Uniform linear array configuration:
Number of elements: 24
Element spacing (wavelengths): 0.75
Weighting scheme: hamming
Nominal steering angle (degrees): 0
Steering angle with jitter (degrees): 0.997
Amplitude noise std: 0.05
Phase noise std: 0.05

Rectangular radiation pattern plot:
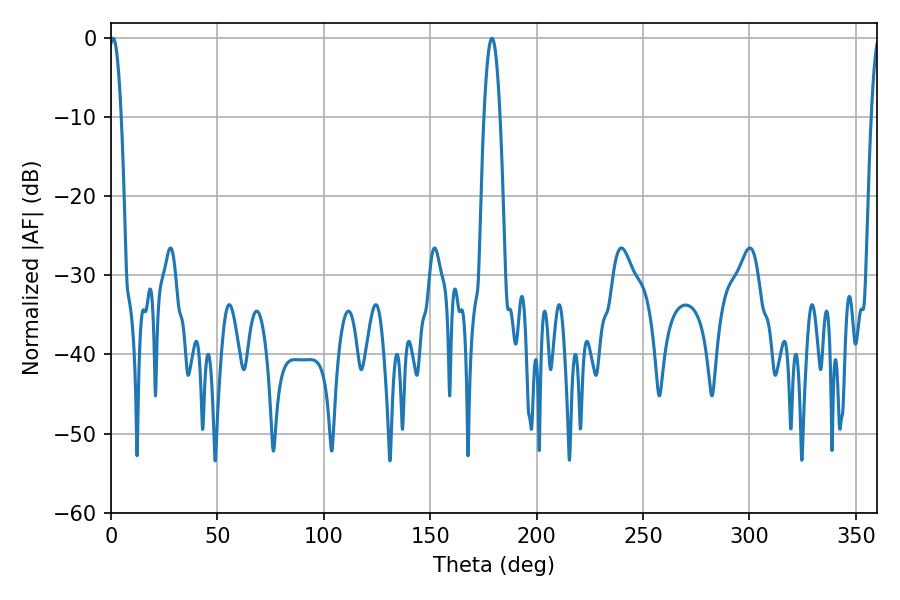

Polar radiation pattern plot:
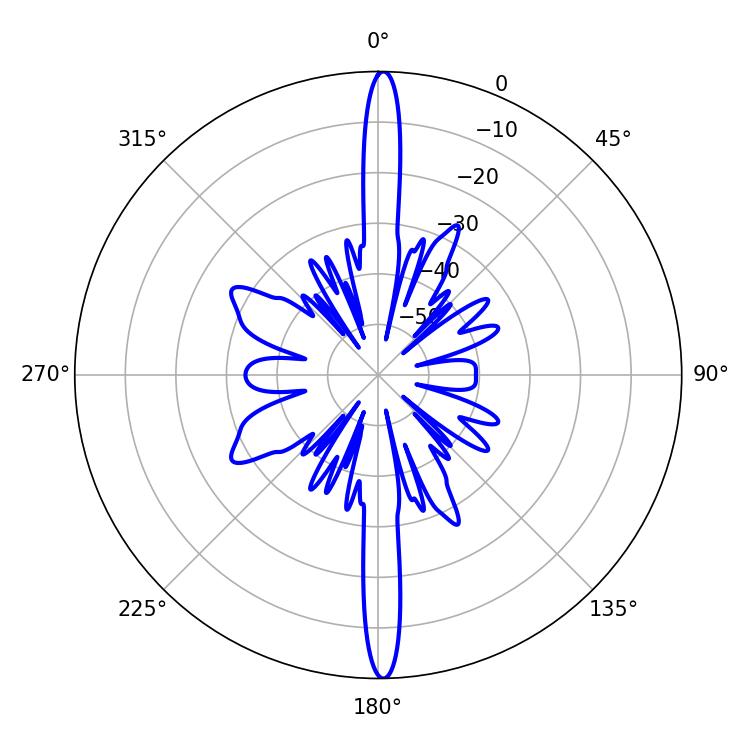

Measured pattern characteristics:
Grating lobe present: TRUE
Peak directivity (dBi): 29.567
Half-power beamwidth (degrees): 4.14
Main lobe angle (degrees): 178.92